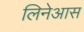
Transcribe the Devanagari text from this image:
लिनेआस